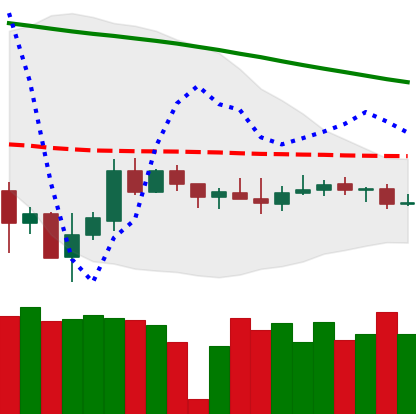
Ticker: XMR-USD
Chart end date: 2019-12-11
Forward return: -6.82%
Label: down_5_7